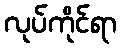
လုပ်ကိုင်ရာ